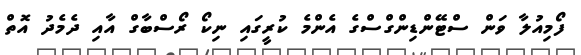
ފޯމިއުލާ ވަން ސްޓޭންޑިންގްސްގެ އެންމެ ކުރީގައި ނިކޯ ރޯސްބާގް އާއި ދެމެދު އޮތް